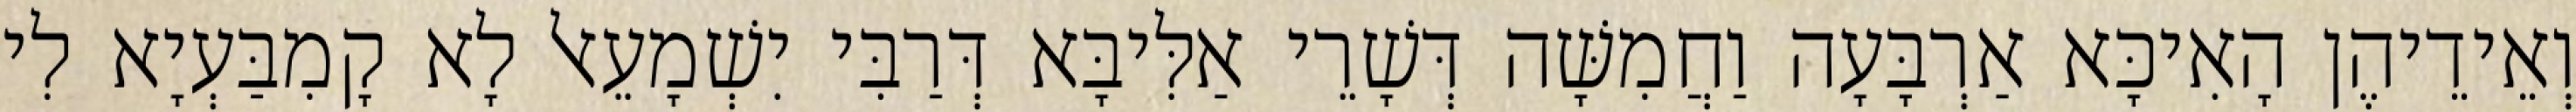
וְאֵידֵיהֶן הָאִיכָּא אַרְבָּעָה וַחֲמִשָּׁה דְּשָׁרֵי אַלִּיבָּא דְּרַבִּי יִשְׁמָעֵאל לָא קָמִבַּעְיָא לִי